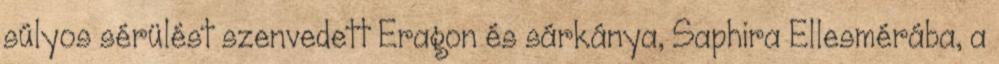
súlyos sérülést szenvedett Eragon és sárkánya, Saphira Ellesmérába, a